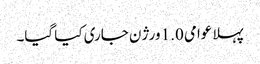
پہلا عوامی 1.0 ورژن جاری کیا گیا۔